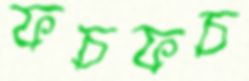
ফচফচ